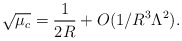
\begin{align*}\sqrt{\mu_c} ={1\over 2R}+O(1/R^3 \Lambda^2 ).\end{align*}